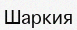
Шаркия